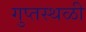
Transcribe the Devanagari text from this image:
गुप्तस्थळी